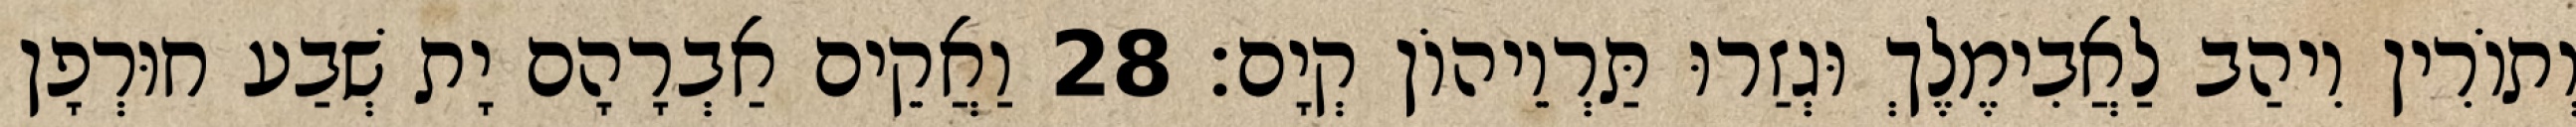
וְתוֹרִין וִיהַב לַאֲבִימֶלֶךְ וּגְזַרוּ תַּרְוֵיהוֹן קְיָם׃ 28 וַאֲקֵים אַבְרָהָם יָת שְׁבַע חוּרְפָן